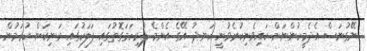
ނޭގުނަސް އެދެމީހުންނަށް ކައިވެނިކުރެވުނީ ހަނދު އޭގެ އެންމެ ފުރިހަމަގޮތުގައި ފަލަކުގައި ރަނިކަން ކުރަމުން